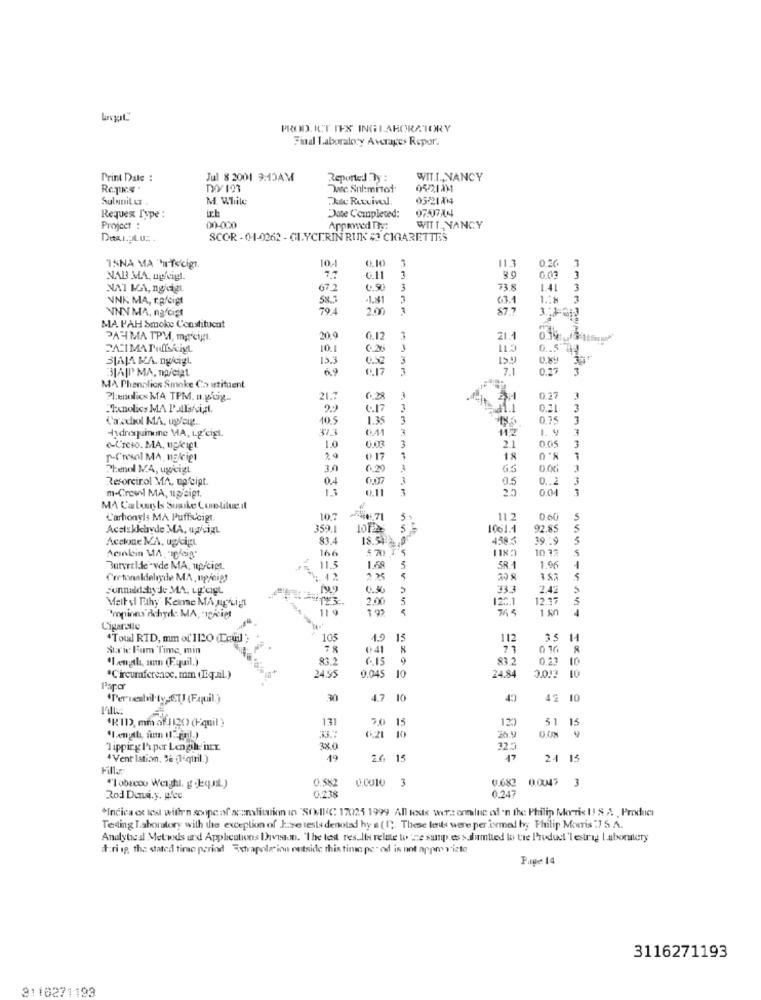
PROD. ICT IES INGLABORATORY
Final Laboraly Averages Repor.
Print Date :
Jul 8 2001 9:15AM
Reported By :
WIT.T ., NANCY
Dec. Sul:mitof
0521.001
Sulnuit ut
M. While
Du Rutvivel
05-21804
ich
Requex Type :
Date Completed:
Project :
00-000
Apprwed Thy:
WITT_ NANCY
SCOR - 01-0262 - GLYCERIN RINK # CIGARETTES
10 .- 1
0.10
3
113
0.26
3
INNA MA FYscigt.
NAB MA, ogfeigt.
G.11
1
0.03
3
NAT KA, ngkigL
67.2
3
73.8
1.41
3
NNK MA, rafcigt
58.5
-44
63.4
3
NNN MA, na cist
704
20
$7 7
MA P'AH Smoke Constitucat
PAYIMA TPV, mgcig.
20,9
G.12
21.1
0.19 /3tim
10.1
020
3LAJA MA. nycigt
15.3
0.52
3
0.89
30
31APP MA, np/ciat
69
6.17
3
7.1
0.27
3
MA Phenolios Smoke Ch istituent
Plenolics MA TPM. n.p.tig ..
21.7
6.28
0.27
.Tenolics MA Palaisigt.
6.17
11
0.21
3
Cazchol MA, ugfeig.
10.5
1.35
3
0.75
3
$7.3
6.41
1. 9
Hydroquinune MA, Lgfcigt.
1.0
3
3
L'reso. MA, ugligt
0.03
21
005
8.0
T-Cresol MA, nokigt
0 17
18
Phenol MA, ugicigt
30
6.29
0.06
Resorcinol MA. up cipt.
04
05
0 ..
m-Crewil MA, upjeigt.
3
0.01
MA Caluints Suaske Curetitue.it
Carbonyls MA Puffs/cigt
107
.71
5
11.2
0.60
S
Acelskkayde MA, uwvigt
359.1
1061.1
92.8
5
Acetone MA, ugcig
83.4
18.54
458 5
19 .*
5
166
10 32
Acınlein VA, pois
Burvraldeevde MA, up/ciet
11.3
1.68
5
SR.1
1.96
Certonaldelryde MA, np/oigt
Funnaldshyde MA, Lg.CIEL
199
333
2.42
Malt si Fthy' Keine MA upLigt
2.00
120.1
12.17
11 9
1 sn
4
Propions dehyde MA, - voiciet
Cigarste
"Total RID, mm of IL20 (Louil'
105
4.9
15
112
3.5
14
Axie Fum Time, min
78
016 8
"Length, ann (Equil.)
83.2
6.15
83.2
0.23
10
*Circumference, mm (LiquiL.)
24.95
0.045
10
24.84
3.013 10
Paper
Pervestil ty CTI (Fquil.)
30
4.7
10
49
42 10
*R11), mm of 1120) (Fquil )
131
120
33.7
51
0.21
10
26 9
9
"Tipping I'i per Length nr.
38.0
325
" Vent lation, Ja ( eqtril.)
19
2.6 15
17
24 15
Fills:
0.582
0.0010
"I obecou Weighl. g deq.nl)
3
0.0047
Rod Densi.y. p.cc
0.238
0.247
*Indica et les with'n scope of acanslitation in "SONIC 17025 1999 All tese wers ennluc of 'n the Philip Morris I! & A , Product
Testing Laboratory with the exception of June tests denoted hy a (1). These les were performed byy Philip Morris :7 S. A.
Analyteal Metwds und Applications Ihaveaun. "The test results relate to 'ne susp.es > dumtied lo tre Product lestrag Laboralery
d:ri ip, tha stated timo period Extrapole inn outside this time pe" od is not appmy vizte
Page 14
3116271193
3110271199